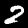
Digit: 2